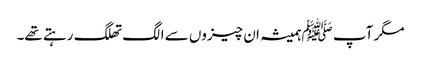
مگر آپ ﷺہمیشہ ان چیزوں سے الگ تھلگ رہتے تھے۔